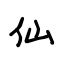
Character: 仙